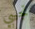
تجيبي